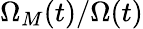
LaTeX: \Omega_{M}(t)/\Omega(t)